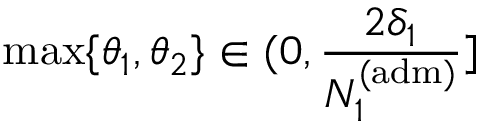
\operatorname* { m a x } \{ \theta _ { 1 } , \theta _ { 2 } \} \in ( 0 , \frac { 2 \delta _ { 1 } } { N _ { 1 } ^ { \mathrm { ( a d m ) } } } ]